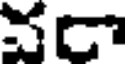
వరా